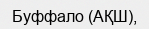
Буффало (АҚШ),